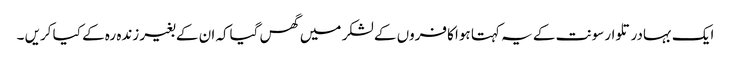
ایک بہادر تلوار سونت کے یہ کہتا ہوا کافروں کے لشکر میں گھس گیاکہ ان کے بغیر زندہ رہ کے کیا کریں ۔